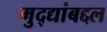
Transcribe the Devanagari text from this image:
मुद्द्यांबद्दल